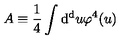
A \equiv { \frac { 1 } { 4 } } \int \mathrm { d ^ { d } } u \varphi ^ { 4 } ( u )